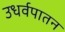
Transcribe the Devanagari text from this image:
उधर्वपातन